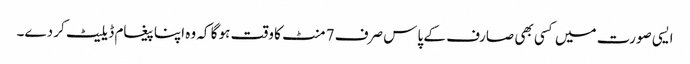
ایسی صورت میں کسی بھی صارف کے پاس صرف 7 منٹ کا وقت ہو گا کہ وہ اپنا پیغام ڈیلیٹ کر دے۔